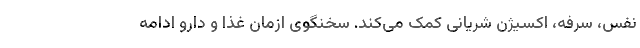
نفس، سرفه، اکسیژن شریانی کمک می‌‌کند. سخنگوی ازمان غذا و دارو ادامه